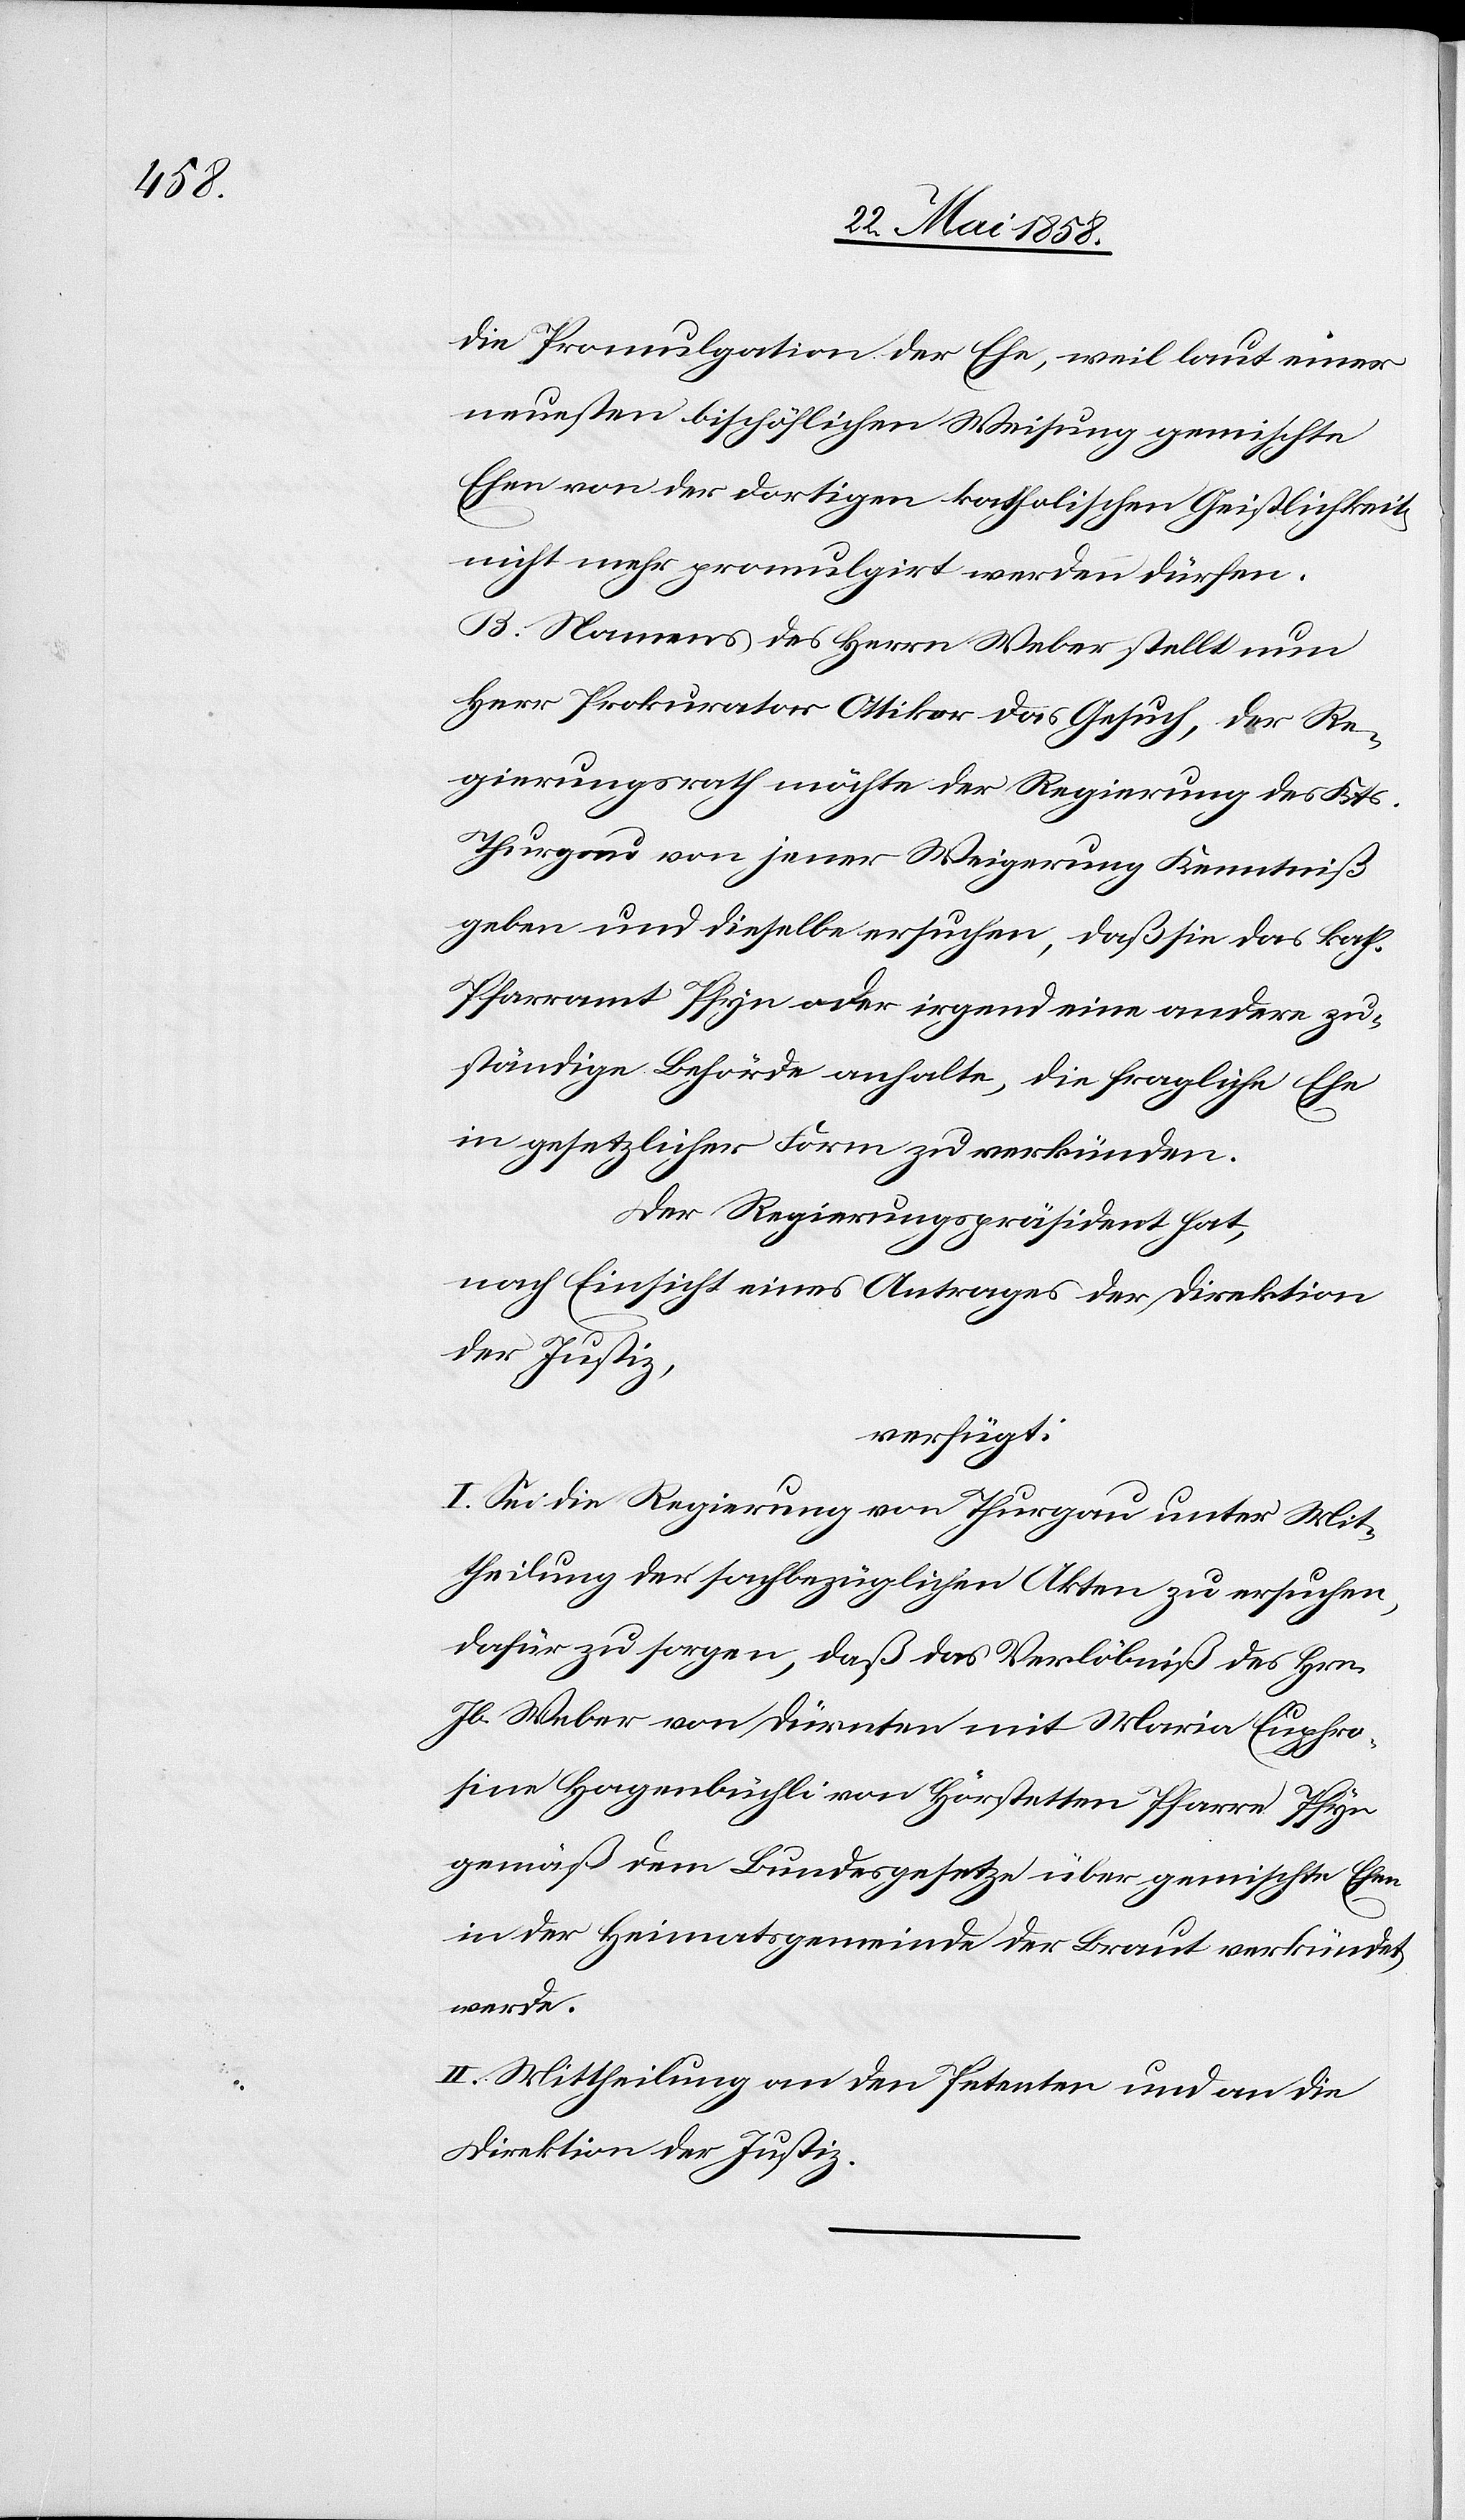
die Promulgation der Ehe, weil laut einer
neuesten bischöflichen Weisung gemischte
Ehen von der dortigen katholischen Geistlichkeit
nicht mehr promulgirt werden dürfen.
B. Namens des Herrn Weber stellt nun
Herr Prokurator Ottiker das Gesuch, der Re¬
gierungsrath möchte der Regierung des Kts.
Thurgau von jener Weigerung Kenntniß
geben und dieselbe ersuchen, daß sie das kath.
Pfarramt Pfyn oder irgend eine andere zu¬
ständige Behörde anhalte, die fragliche Ehe
in gesetzlicher Form zu verkünden.
Der Regierungspräsident hat,
nach Einsicht eines Antrages der Direktion
der Justiz,
verfügt:
I. Sei die Regierung von Thurgau unter Mit¬
theilung der sachbezüglichen Akten zu ersuchen,
dafür zu sorgen, daß das Verlöbniß des Hrn.
Jb. Weber von Dürnten mit Maria Euphro¬
sine Hagenbüchli von Hörstetten Pfarre Pfyn
gemäß dem Bundesgesetze über gemischte Ehen
in der Heimatsgemeinde der Braut verkündet
werde.
II. Mittheilung an den Petenten und an die
Direktion der Justiz.